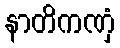
နာတိကဏှံ